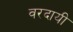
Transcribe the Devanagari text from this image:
वरदायी